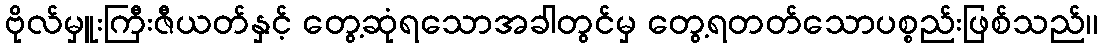
ဗိုလ်မှူးကြီးဇီယတ်နှင့် တွေ့ဆုံရသောအခါတွင်မှ တွေ့ရတတ်သောပစ္စည်းဖြစ်သည်၊၊